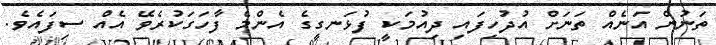
ތަނުން އަނެއް ތަނަށް އުދުހިފައި ދިއުމަކީ ފުޅަނގީގެ އެންމެ ފާހަގަކުރެވޭ އެއް ސިފައެވެ.